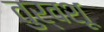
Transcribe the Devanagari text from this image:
तुर्वशू